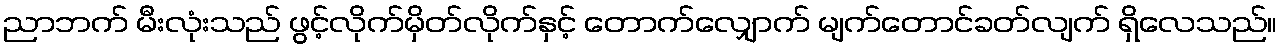
ညာဘက် မီးလုံးသည် ဖွင့်လိုက်မှိတ်လိုက်နှင့် တောက်လျှောက် မျက်တောင်ခတ်လျက် ရှိလေသည်။